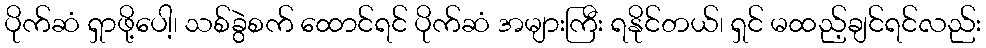
ပိုက်ဆံ ရှာဖို့ပေါ့၊ သစ်ခွဲစက် ထောင်ရင် ပိုက်ဆံ အများကြီး ရနိုင်တယ်၊ ရှင် မထည့်ချင်ရင်လည်း